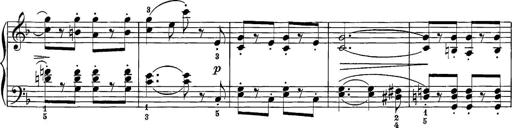
Title: 12 Sonatine per Pianoforte
Composer: Friedrich Kuhlau